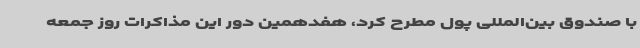
با صندوق بین‌المللی پول مطرح کرد، هفدهمین دور این مذاکرات روز جمعه